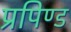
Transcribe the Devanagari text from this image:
प्रपिण्ड